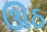
ઊઠ